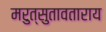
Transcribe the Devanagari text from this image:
मरुत्सुतावताराय